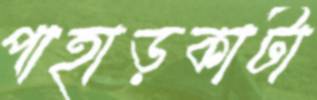
পাহাড়কাটা